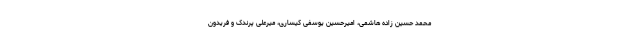
محمد حسین زاده هاشمی، امیرحسین یوسفی کیساری، میرعلی پرندک و فريدون